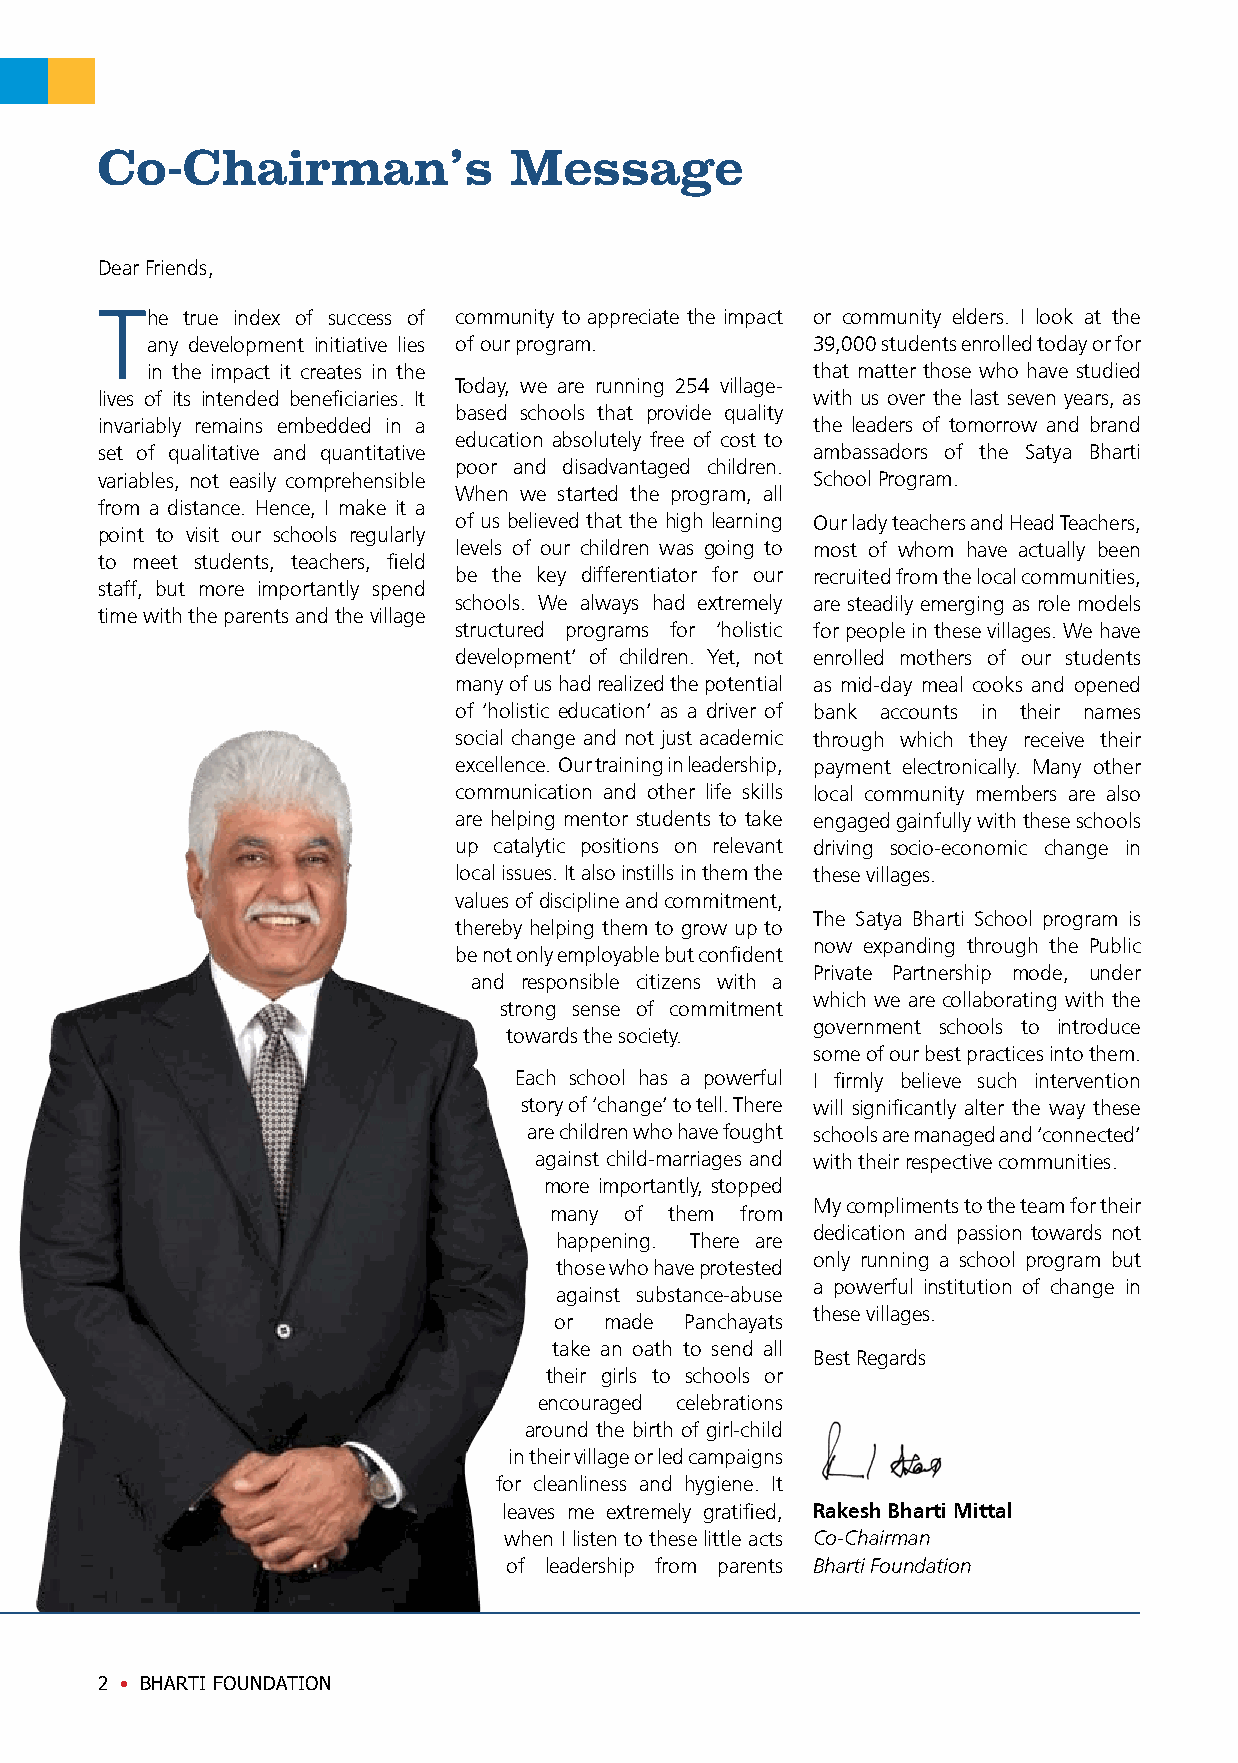
Co-Chairman’s               Message
 Dear Friends,
 T   he true index of success of community to appreciate the impact or community elders. I look at the
 any development initiative lies of our program. 39,000 students enrolled today or for
 in the impact it creates in the             that matter those who have studied
 Today, we are running 254 village-
 lives of its intended beneficiaries. It         with us over the last seven years, as
 based schools that provide quality
 invariably remains embedded in a                the leaders of tomorrow and brand
 education absolutely free of cost to
 set of qualitative and quantitative             ambassadors of the Satya Bharti
 poor and disadvantaged children.
 variables, not easily comprehensible            School Program.
 When we started the program, all
 from a distance. Hence, I make it a
 of us believed that the high learning Our lady teachers and Head Teachers,
 point to visit our schools regularly
 levels of our children was going to most of whom have actually been
 to meet students, teachers, field
 be the key differentiator for our recruited from the local communities,
 staff, but more importantly spend
 schools. We always had extremely are steadily emerging as role models
 time with the parents and the village
 structured programs for ‘holistic for people in these villages. We have
 development’ of children. Yet, not enrolled mothers of our students
 many of us had realized the potential as mid-day meal cooks and opened
 of ‘holistic education’ as a driver of bank accounts in their names
 social change and not just academic through which they receive their
 excellence. Our training in leadership, payment electronically. Many other
 communication and other life skills local community members are also
 are helping mentor students to take engaged gainfully with these schools
 up catalytic positions on relevant driving socio-economic change in
 local issues. It also instills in them the these villages.
 values of discipline and commitment,
 The Satya Bharti School program is
 thereby helping them to grow up to
 now expanding through the Public
 be not only employable but confident
 Private Partnership mode, under
 and responsible citizens with a
 which we are collaborating with the
 strong sense of commitment
 government schools to introduce
 towards the society.
 some of our best practices into them.
 Each school has a powerful I firmly believe such intervention
 story of ‘change’ to tell. There will significantly alter the way these
 are children who have fought schools are managed and ‘connected’
 against child-marriages and with their respective communities.
 more importantly, stopped
 My compliments to the team for their
 many of them from
 dedication and passion towards not
 happening. There are
 only running a school program but
 those who have protested
 a powerful institution of change in
 against substance-abuse
 these villages.
 or made Panchayats
 take an oath to send all
 Best Regards
 their girls to schools or
 encouraged celebrations
 around the birth of girl-child
 in their village or led campaigns
 for cleanliness and hygiene. It
 leaves me extremely gratified, Rakesh Bharti Mittal
 when I listen to these little acts Co-Chairman
 of leadership from parents Bharti Foundation
 2 • BHARTI FOUNDATION